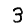
Digit: 3